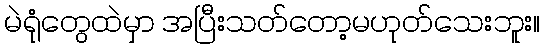
မဲရုံတွေထဲမှာ အပြီးသတ်တော့မဟုတ်သေးဘူး။